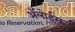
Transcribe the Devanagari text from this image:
ॲलोईस